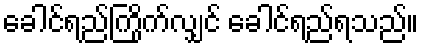
ခေါင်ရည်ကြိုက်လျှင် ခေါင်ရည်ရသည်။